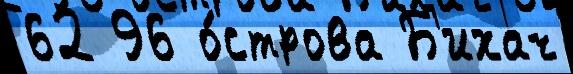
62 96 о́строва Б'ихач